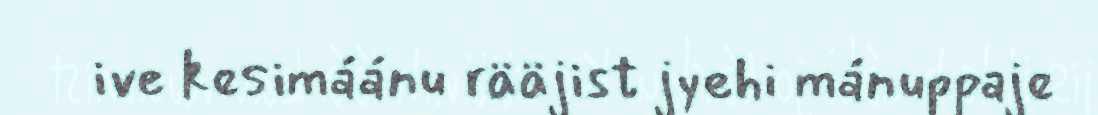
ive kesimáánu rääjist jyehi mánuppaje